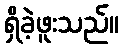
ရှိခဲ့ဖူးသည်။